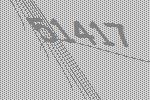
51417